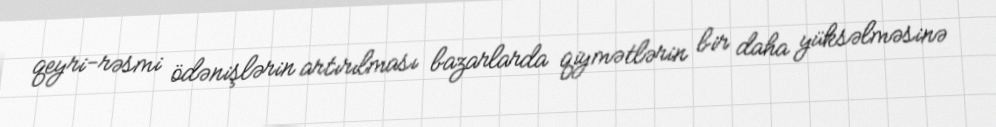
qeyri-rəsmi ödənişlərin artırılması bazarlarda qiymətlərin bir daha yüksəlməsinə